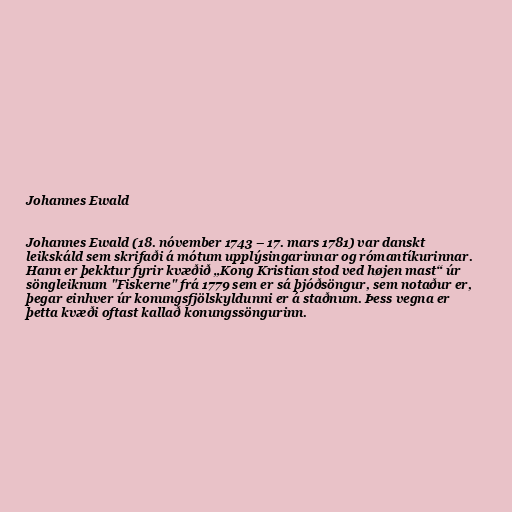
Johannes Ewald

Johannes Ewald (18. nóvember 1743 – 17. mars 1781) var danskt
leikskáld sem skrifaði á mótum upplýsingarinnar og rómantíkurinnar.
Hann er þekktur fyrir kvæðið „Kong Kristian stod ved højen mast“ úr
söngleiknum "Fiskerne" frá 1779 sem er sá þjóðsöngur, sem notaður er,
þegar einhver úr konungsfjölskyldunni er á staðnum. Þess vegna er
þetta kvæði oftast kallað konungssöngurinn.